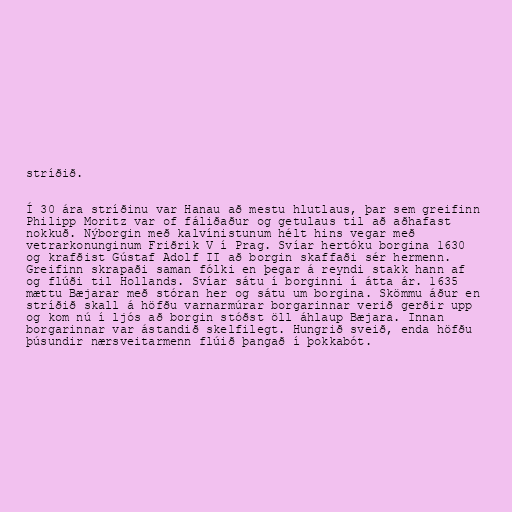
stríðið.

Í 30 ára stríðinu var Hanau að mestu hlutlaus, þar sem greifinn
Philipp Moritz var of fáliðaður og getulaus til að aðhafast
nokkuð. Nýborgin með kalvínistunum hélt hins vegar með
vetrarkonunginum Friðrik V í Prag. Svíar hertóku borgina 1630
og krafðist Gústaf Adolf II að borgin skaffaði sér hermenn.
Greifinn skrapaði saman fólki en þegar á reyndi stakk hann af
og flúði til Hollands. Svíar sátu í borginni í átta ár. 1635
mættu Bæjarar með stóran her og sátu um borgina. Skömmu áður en
stríðið skall á höfðu varnarmúrar borgarinnar verið gerðir upp
og kom nú í ljós að borgin stóðst öll áhlaup Bæjara. Innan
borgarinnar var ástandið skelfilegt. Hungrið sveið, enda höfðu
þúsundir nærsveitarmenn flúið þangað í þokkabót.